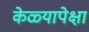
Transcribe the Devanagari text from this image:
केळ्यापेक्षा